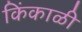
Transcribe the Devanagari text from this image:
किंकाळी